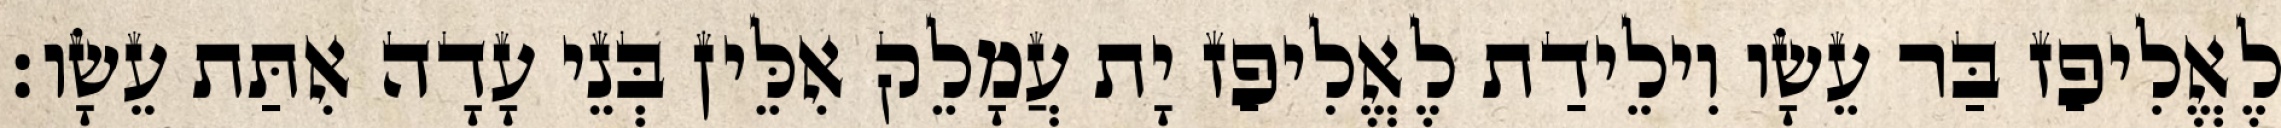
לֶאֱלִיפַז בַּר עֵשָׂו וִילֵידַת לֶאֱלִיפַז יָת עֲמָלֵק אִלֵּין בְּנֵי עָדָה אִתַּת עֵשָׂו׃